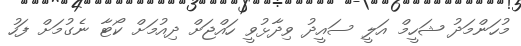
މުހަންމަދު ޝަހީމް އަލީ ސައީދު ވިދާޅުވީ ހައްޖަށް ދިއުމަށް ކޯޓާ ނެގުމަށް ފަހު